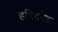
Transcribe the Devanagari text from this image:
हरिकोटा